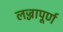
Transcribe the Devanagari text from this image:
लज्जापूर्ण